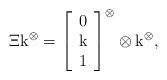
LaTeX: \begin{align*}\Xi\mathrm{k}^\otimes=\left[ \begin{array}{c} 0 \\ \mathrm{k} \\ 1 \\ \end{array} \right]^\otimes\otimes\mathrm{k}^\otimes,\end{align*}